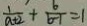
\frac { 1 } { a + 2 } + \frac { b } { b - 1 } = 1